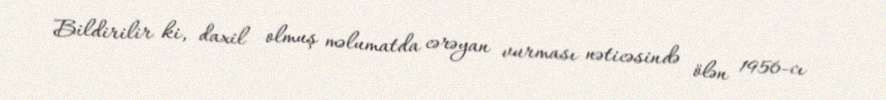
Bildirilir ki, daxil olmuş məlumatda cərəyan vurması nəticəsində ölən 1956-cı